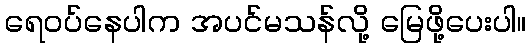
ရေဝပ်နေပါက အပင်မသန်လို့ မြေဖို့ပေးပါ။